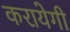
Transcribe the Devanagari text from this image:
करायेगी